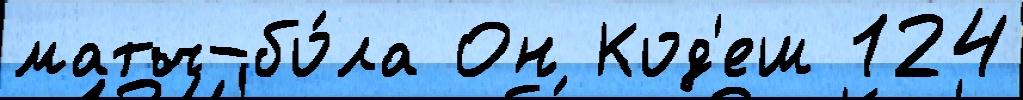
матч-бо́ла Он Код'еш 124